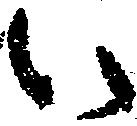
い